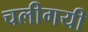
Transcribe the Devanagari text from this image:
चलीगयी